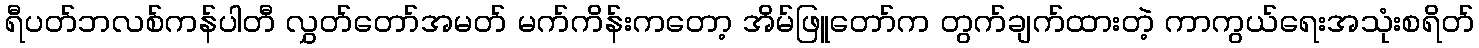
ရီပတ်ဘလစ်ကန်ပါတီ လွှတ်တော်အမတ် မက်ကိန်းကတော့ အိမ်ဖြူတော်က တွက်ချက်ထားတဲ့ ကာကွယ်ရေးအသုံးစရိတ်